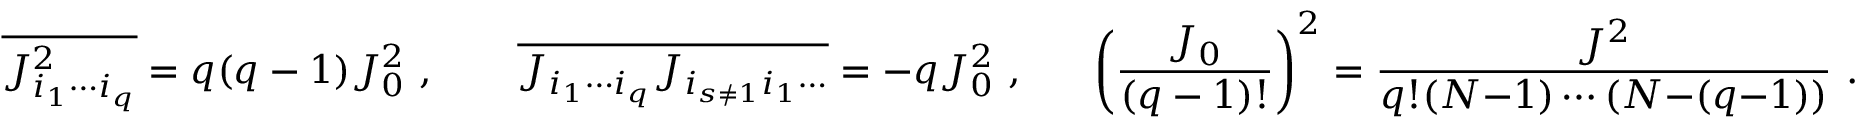
\overline { { J _ { i _ { 1 } \cdots i _ { q } } ^ { 2 } } } = q ( q - 1 ) J _ { 0 } ^ { 2 } ~ , \ \ \ \ \ \ \overline { { J _ { i _ { 1 } \cdots i _ { q } } J _ { i _ { s \neq 1 } i _ { 1 } \cdots } } } = - q J _ { 0 } ^ { 2 } ~ , \ \ \ \ \ \left( \frac { J _ { 0 } } { ( q - 1 ) ! } \right) ^ { 2 } = \frac { J ^ { 2 } } { q ! ( N { - } 1 ) \cdots ( N { - } ( q { - } 1 ) ) } ~ .